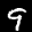
Label: 9